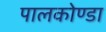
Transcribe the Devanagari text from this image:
पालकोण्डा